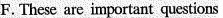
F. These are important questions